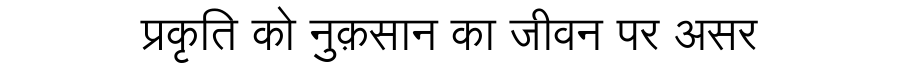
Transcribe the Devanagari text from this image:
प्रकृति को नुक़सान का जीवन पर असर